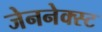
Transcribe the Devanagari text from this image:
जेननेक्स्ट